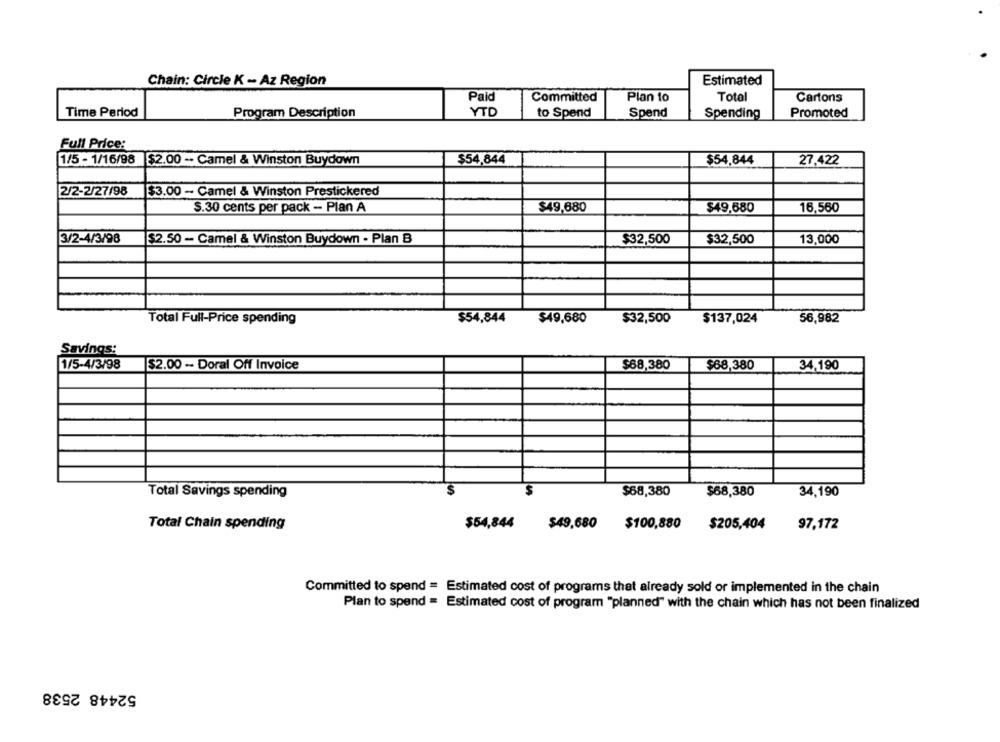
Chain: Circle K -- Az Region
Estimated
Paid
Total
Committed
Plan 10
Cartons
YTD
Time Period
Program Description
to Spend
Spend
Spending
Promoted
Full Price:
1/5 - 1/16/98
$2.00 -. Camel & Winston Buydown
$54,844
$54,844
27,422
2/2-2/27/98
$3.00 - Camel & Winston Prestickered
$.30 cents per pack - Plan A
$49,680
$49,680
16,560
3/2-4/3/98
$2.50 - Camel & Winston Buydown - Plan B
$32,500
$32,500
13,000
Total Full-Price spending
$54,844
$49,680
$32,500
$137,024
56,982
Savings:
1/5-4/3/98
$2.00 - Doral Off Invoice
$68,380
$68,380
34,190
S
Total Savings spending
$68,380
$68,380
34,190
Total Chain spending
$54,844
$49,680
$100,880
$205,404
97,172
Committed to spend = Estimated cost of programs that already sold or implemented in the chain
Plan to spend = Estimated cost of program "planned" with the chain which has not been finalized
52448 2538